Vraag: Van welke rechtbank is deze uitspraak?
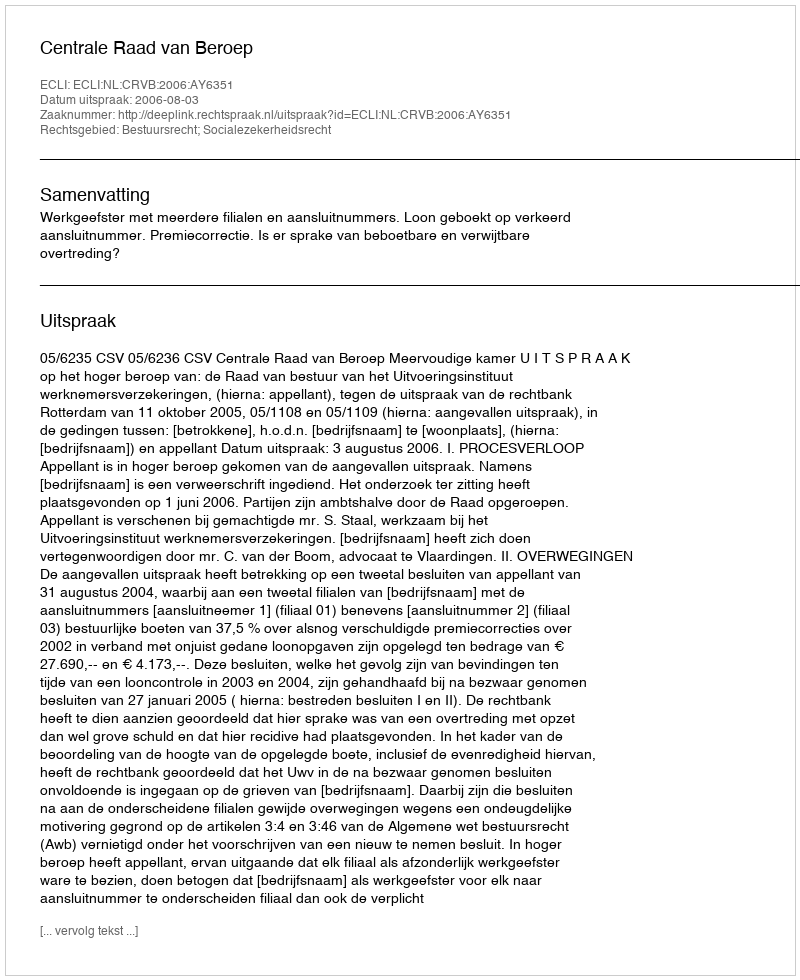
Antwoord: Centrale Raad van Beroep